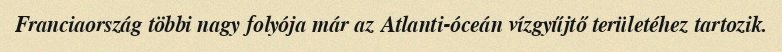
Franciaország többi nagy folyója már az Atlanti-óceán vízgyűjtő területéhez tartozik.